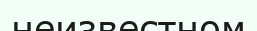
неизвестном